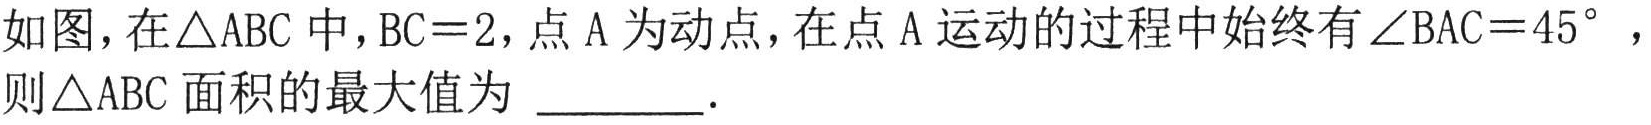
如图，在\(\triangle ABC\) 中，\(BC = 2\)，点 \(A\) 为动点，在点 \(A\) 运动的过程中始终有\(\angle BAC = 45^{\circ}\) ，则\(\triangle ABC\) 面积的最大值为  \_\_\_\_\_．